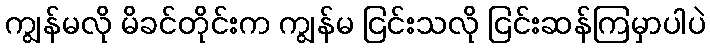
ကျွန်မလို မိခင်တိုင်းက ကျွန်မ ငြင်းသလို ငြင်းဆန်ကြမှာပါပဲ